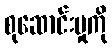
စုဆောင်းမှုကို